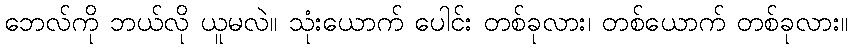
ဘေလ်ကို ဘယ်လို ယူမလဲ။ သုံးယောက် ပေါင်း တစ်ခုလား၊ တစ်ယောက် တစ်ခုလား။